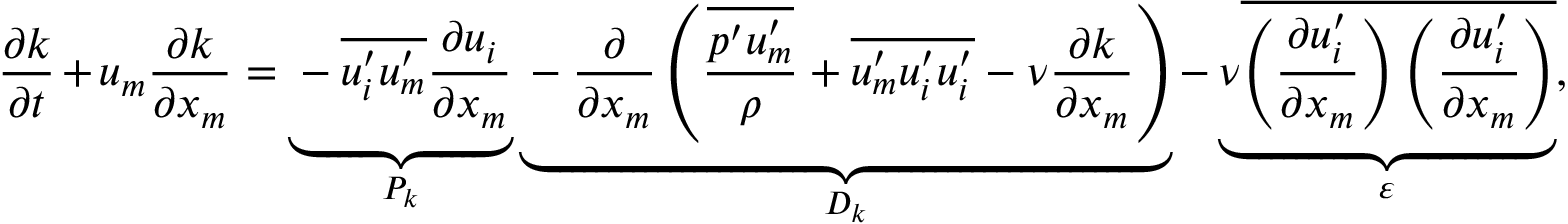
\frac { \partial k } { \partial t } + u _ { m } \frac { \partial k } { \partial x _ { m } } = \underbrace { - \overline { { u _ { i } ^ { \prime } u _ { m } ^ { \prime } } } \frac { \partial u _ { i } } { \partial x _ { m } } } _ { P _ { k } } \underbrace { - \frac { \partial } { \partial x _ { m } } \left( \frac { \overline { { p ^ { \prime } u _ { m } ^ { \prime } } } } { \rho } + \overline { { u _ { m } ^ { \prime } u _ { i } ^ { \prime } u _ { i } ^ { \prime } } } - \nu \frac { \partial k } { \partial x _ { m } } \right) } _ { D _ { k } } - \underbrace { \nu \overline { { \left( \frac { \partial u _ { i } ^ { \prime } } { \partial x _ { m } } \right) \left( \frac { \partial u _ { i } ^ { \prime } } { \partial x _ { m } } \right) } } } _ { \varepsilon } ,